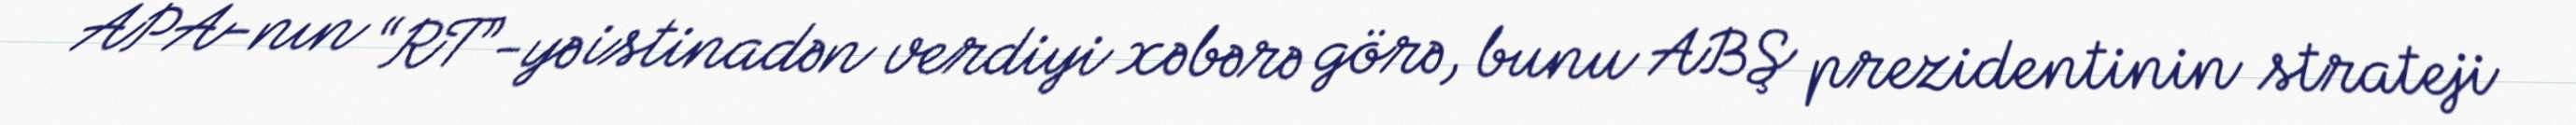
APA-nın “RT”-yə istinadən verdiyi xəbərə görə, bunu ABŞ prezidentinin strateji